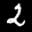
Label: 2